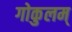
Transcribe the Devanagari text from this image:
गोकुलम्